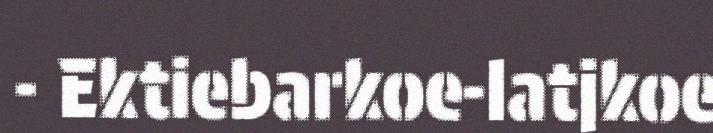
- Ektiebarkoe-latjkoe